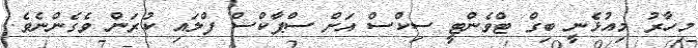
މިހާރު މިއުޅެނީ ބިގް ޓްވެންޓީ ސިކްސް އަށް ސްޕާކްސް ފްލައި ކުރަން ވެގެންނެވެ.